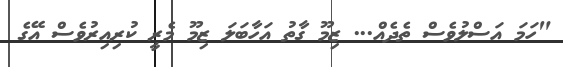
"ހަމަ އަސްލުވެސް ތެދެއް... ޒިމޫ ގާތު އަހާބަލަ ޒިމޫ މެރީ ކުރިއިރުވެސް އޭގެ